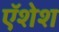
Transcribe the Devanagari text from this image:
ऍशेश